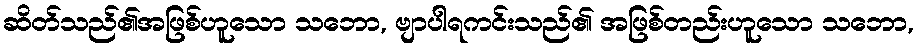
ဆိတ်သည်၏အဖြစ်ဟူသော သဘော, ဗျာပါရကင်းသည်၏ အဖြစ်တည်းဟူသော သဘော,